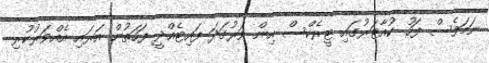
ނަމަވެސް ފަހު ކުއާޓަރުގައި ޓީރެކްސް އިން ވަރުގަދަ ފައިޓެއްދީ ފަހަތުން އަރައި އެއްވަރުކުރި